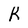
Character: R